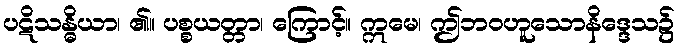
ပဋိသန္ဓိယာ၊ ၏။ ပစ္စယတ္တာ၊ ကြောင့်။ ဣမေ၊ ဤဘဝဟူသောနိဒ္ဒေသ၌